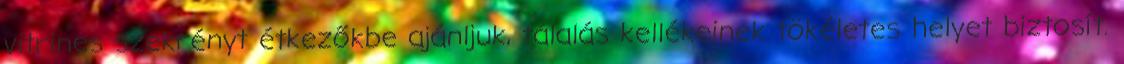
vitrines szekrényt étkezőkbe ajánljuk, tálalás kellékeinek tökéletes helyet biztosít.